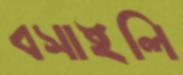
বসাইলি